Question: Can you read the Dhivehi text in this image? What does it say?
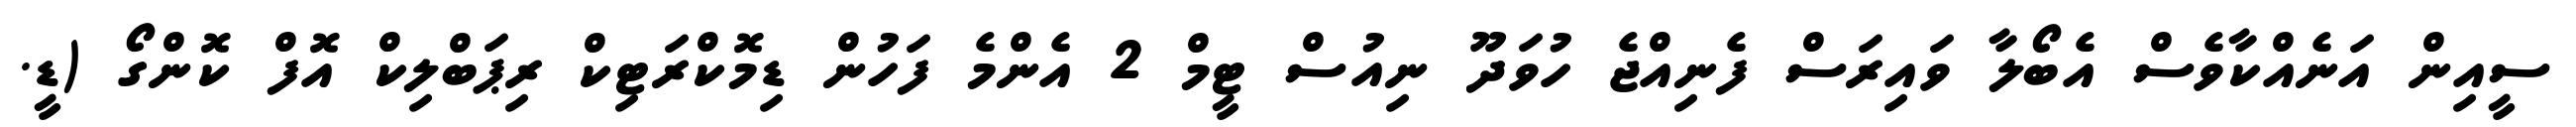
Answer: ސީއިން އަނެއްކާވެސް އެބޯލާ ވައިރަސް ފެނިއްޖެ ހުވަދޫ ނިއުސް ޓީމް 2 އެންމެ ފަހުން ޑިމޮކްރަޓިކް ރިޕަބްލިކް އޮފް ކޮންގޯ (ޑީ.